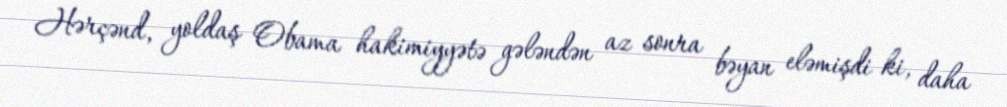
Hərçənd, yoldaş Obama hakimiyyətə gələndən az sonra bəyan eləmişdi ki, daha